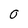
Character: 0